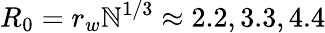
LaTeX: R_{0}=r_{w}\mathbb{N}^{1/3}\approx2.2,3.3,4.4